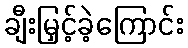
ချီးမြှင့်ခဲ့ကြောင်း